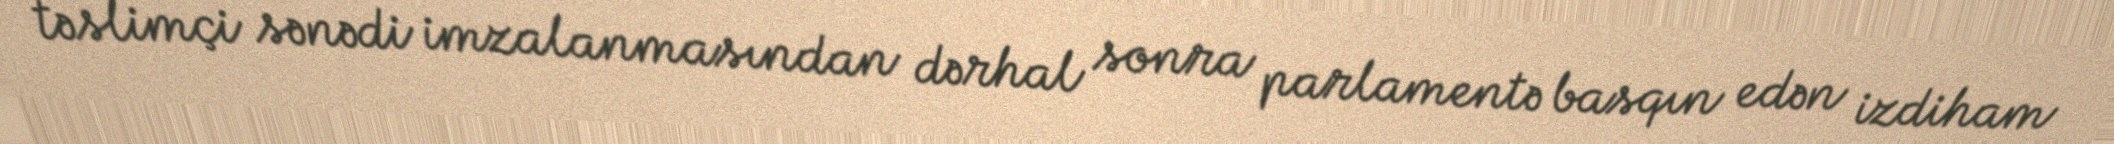
təslimçi sənədi imzalanmasından dərhal sonra parlamentə basqın edən izdiham